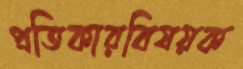
প্রতিকারবিষয়ক